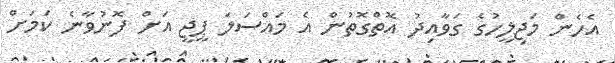
އެހެން މަޖިލީހުގެ ގަވާއިދު އޮތްގޮތުން އެ މައްސަލަ ޕީޖީ އަށް ފޮނުވާނެ ކަމަށް